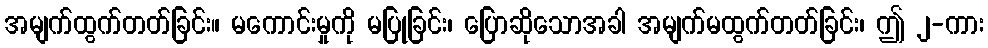
အမျက်ထွက်တတ်ခြင်း။ မကောင်းမှုကို မပြုခြင်း၊ ပြောဆိုသောအခါ အမျက်မထွက်တတ်ခြင်း၊ ဤ ၂-ကား